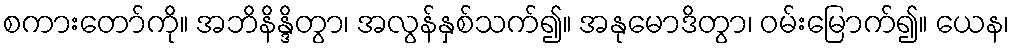
စကားတော်ကို။ အဘိနိန္ဒိတွာ၊ အလွန်နှစ်သက်၍။ အနုမောဒိတွာ၊ ဝမ်းမြောက်၍။ ယေန၊